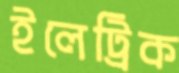
ইলেট্রিক